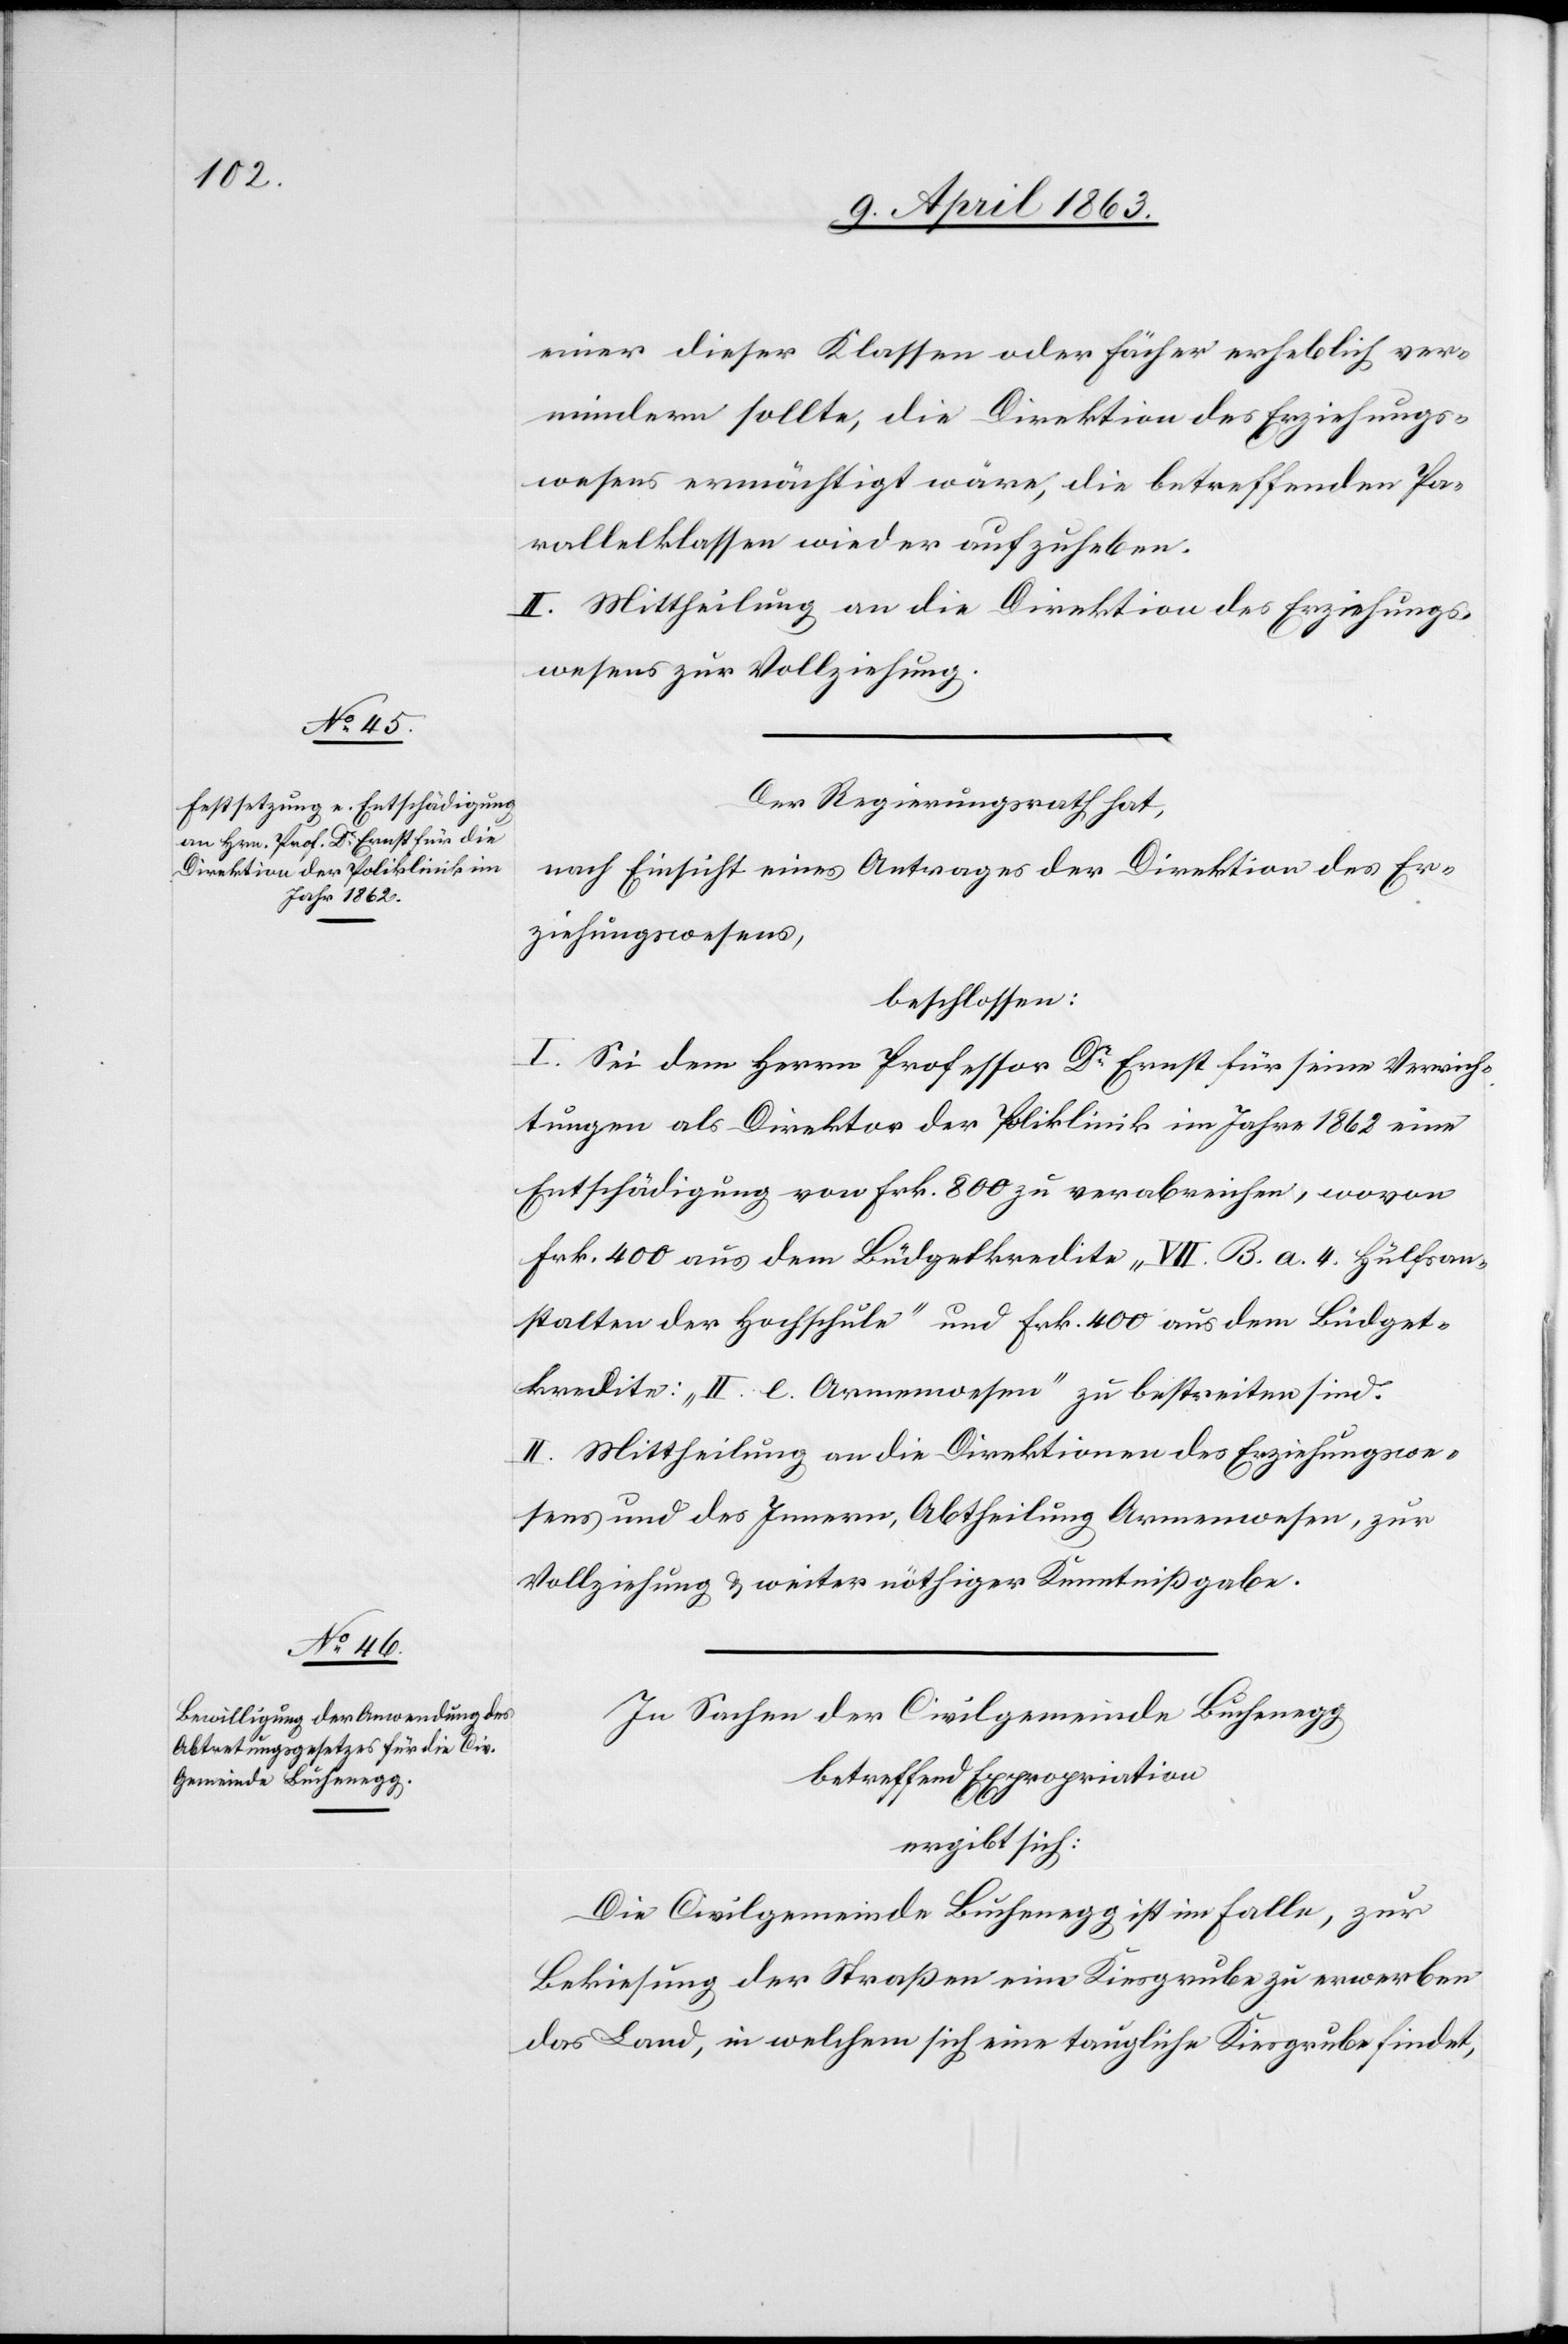
einer dieser Klassen oder Fächer erheblich ver¬
mindern sollte, die Direktion des Erziehungs¬
wesens ermächtigt wäre, die betreffenden Pa¬
rallelklassen wieder aufzuheben.
II. Mittheilung an die Direktion des Erziehungs¬
wesens zur Vollziehung.
Der Regierungsrath hat,
nach Einsicht eines Antrages der Direktion des Er¬
ziehungswesens,
beschlossen:
I. Sei dem Herrn Professor Dr Ernst für seine Verrich¬
tungen als Direktor der Poliklinik im Jahre 1862 eine
Entschädigung von Frk. 800 zu verabreichen, wovon
Frk. 400 aus dem Büdgetkredite „VII. B. a. 4. Hülfsan¬
stalten der Hochschule“ und Frk. 400 aus dem Büdget¬
kredite: „II. e. Armenwesen“ zu bestreiten sind.
II. Mittheilung an die Direktionen des Erziehungswe¬
sens und des Innern, Abtheilung Armenwesen, zur
Vollziehung & weiter nöthiger Kenntnißgabe.
In Sachen der Civilgemeinde Buchenegg
betreffend Expropriation
ergibt sich:
Die Civilgemeinde Buchenegg ist im Falle, zur
Bekiesung der Straßen eine Kiesgrube zu erwerben[.]
das Land, in welchem sich eine taugliche Kiesgrube findet,